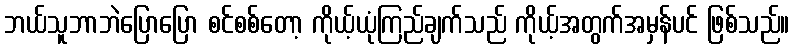
ဘယ်သူဘာဘဲပြောပြော စင်စစ်တော့ ကိုယ့်ယုံကြည်ချက်သည် ကိုယ့်အတွက်အမှန်ပင် ဖြစ်သည်။